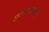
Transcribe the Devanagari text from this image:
एक्सस्पोर्टाइज़